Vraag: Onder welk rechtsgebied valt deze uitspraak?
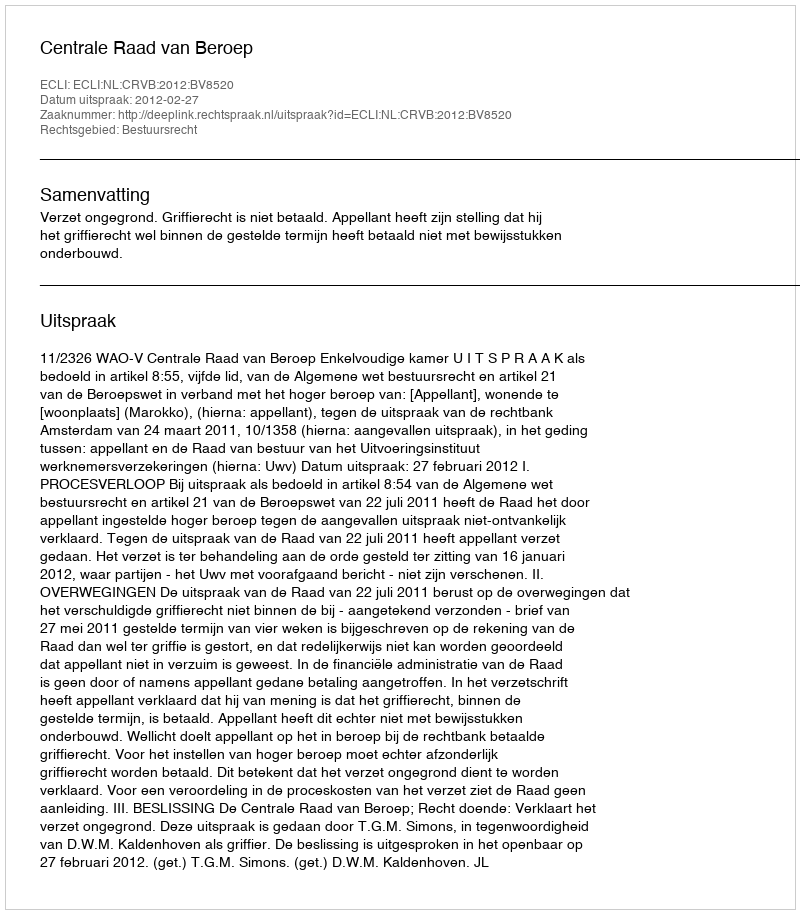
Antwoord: Bestuursrecht